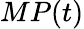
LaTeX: MP(t)